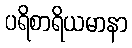
ပရိစာရိယမာနာ